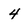
Character: 4